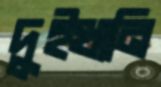
দুইখানি